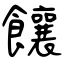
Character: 饟